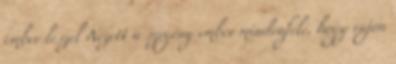
ember leszel Nézett a szegény ember mindenfelé, hogy vajon